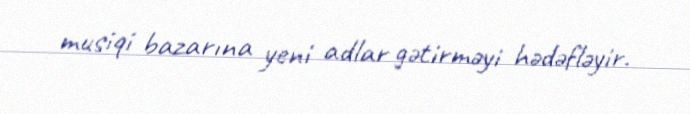
musiqi bazarına yeni adlar gətirməyi hədəfləyir.